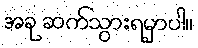
အခု ဆက်သွားရမှာပါ။